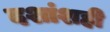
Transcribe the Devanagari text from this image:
दशांशही